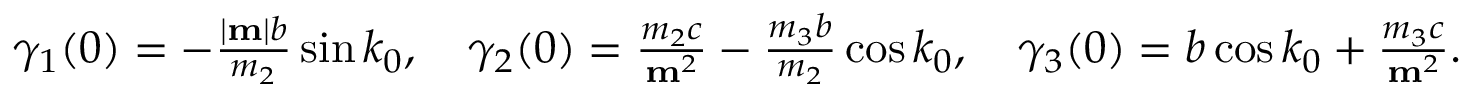
\begin{array} { r } { \gamma _ { 1 } ( 0 ) = - \frac { | { \bf m } | b } { m _ { 2 } } \sin k _ { 0 } , \quad \gamma _ { 2 } ( 0 ) = \frac { m _ { 2 } c } { { \bf m } ^ { 2 } } - \frac { m _ { 3 } b } { m _ { 2 } } \cos k _ { 0 } , \quad \gamma _ { 3 } ( 0 ) = b \cos k _ { 0 } + \frac { m _ { 3 } c } { { \bf m } ^ { 2 } } . } \end{array}